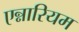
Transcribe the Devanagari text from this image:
एन्नारियम